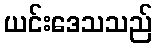
ယင်းဒေသသည်